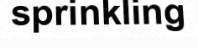
sprinkling